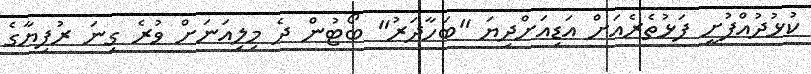
ކުޅުދުއްފުށީ ފަޅުތެރެއަށް އަޑިއަށްދިޔަ "ބަހާދަރު" ބޯޓުން ދެ މިލިއަނަށް ވުރެ ގިނަ ރުފިޔާގެ